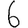
Digit: 6